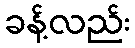
ခန့်လည်း